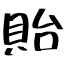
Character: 貽